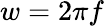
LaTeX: w=2\pi f